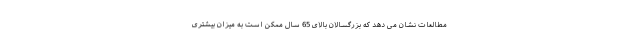
مطالعات نشان می دهد که بزرگسالان بالای 65 سال ممکن است به میزان بیشتری